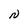
Character: N